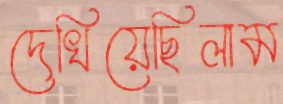
দেখিয়েছিলাম